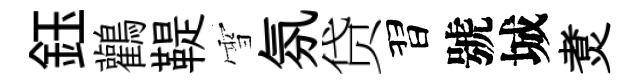
鈺鸛鞮雪氛贷習號城煑